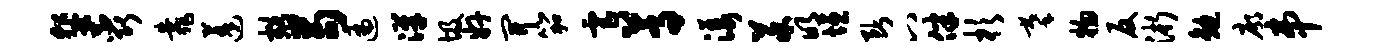
蜚蕊靠蓬豁苟遍汉圾奸开笳虐蒿漾菜明垣断八伴杉摹物反浙勉廓串